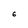
Character: 6